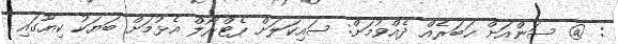
: @ ސަންއަށް ޚަބަރެއް ދެއްވުމަށް: ސައިކަލަށް ޕެޓްރޯލް އެޅުމަށް ބަޔަކު ކިޔޫގައި